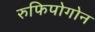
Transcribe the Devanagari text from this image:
रुफिपोगोन